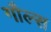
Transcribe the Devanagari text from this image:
गौल्स